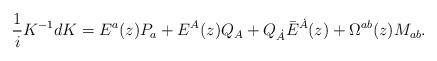
LaTeX: \begin{align*}{1\over i}K^{-1}dK=E^a(z)P_a+E^A(z)Q_A + Q_{\dot A}\bar E^{\dot A}(z)+\Omega^{ab}(z)M_{ab}.\end{align*}